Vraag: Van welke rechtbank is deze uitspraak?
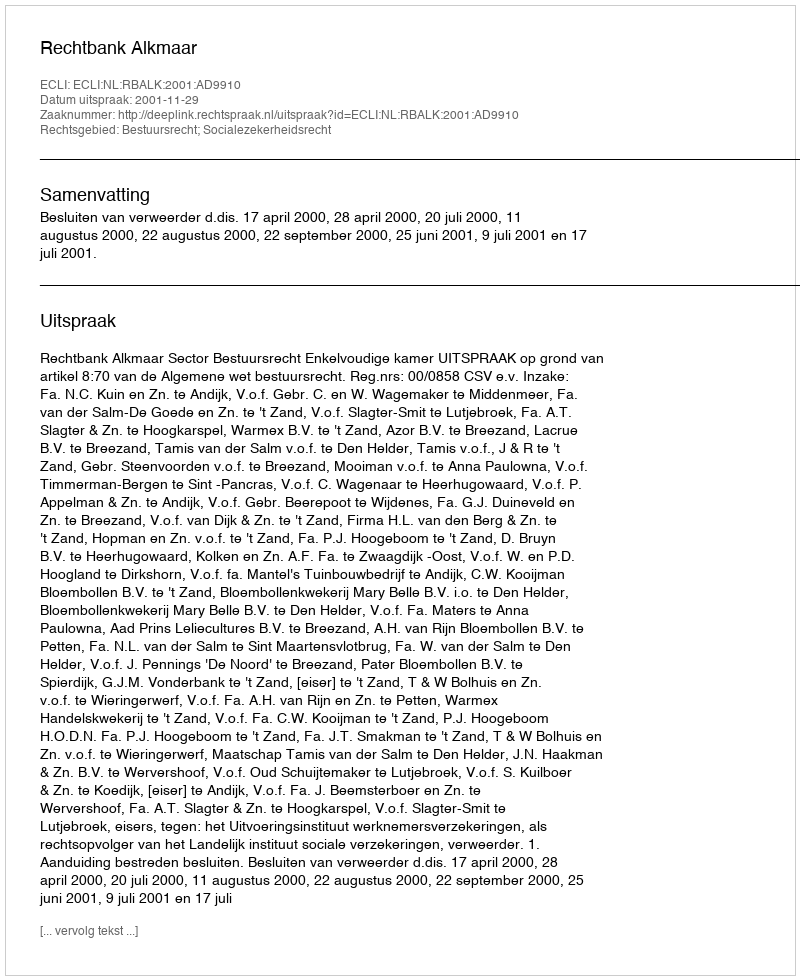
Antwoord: Rechtbank Alkmaar